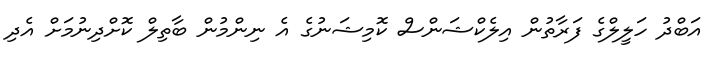
އަބްދު ހަލީލްގެ ފަރާތުން އިލެކްޝަންސް ކޮމިޝަނުގެ އެ ނިންމުން ބާތިލް ކޮށްދިނުމަށް އެދި